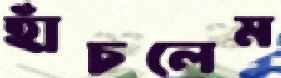
হাঁচলেম